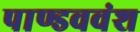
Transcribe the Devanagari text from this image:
पाण्डववंश